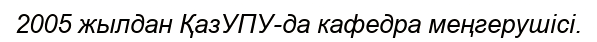
2005 жылдан ҚазУПУ-да кафедра меңгерушісі.